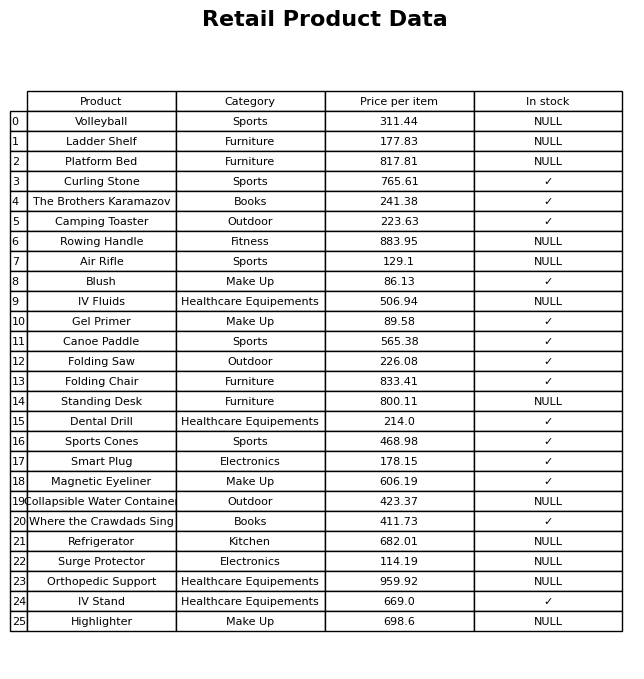
question: What is the price of the Rowing Handle?
answer: The price of Rowing Handle is 883.95.